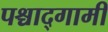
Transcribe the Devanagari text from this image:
पश्चाद्गामी